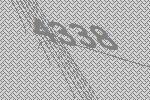
4338